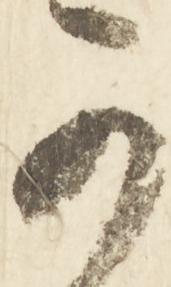
可